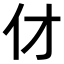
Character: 𠆫